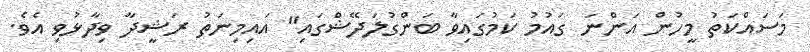
މަސައްކަތު މީހުން އަންނަ ގައުމު ކަމުގައިވާ ބަންގުލަދޭޝްގައި" އައިމިނަތު ރަޝީދާ ވިދާޅުވި އެވެ.